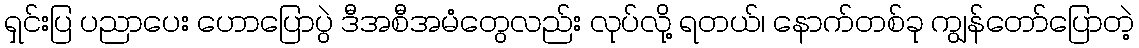
ရှင်းပြ ပညာပေး ဟောပြောပွဲ ဒီအစီအမံတွေလည်း လုပ်လို့ ရတယ်၊ နောက်တစ်ခု ကျွန်တော်ပြောတဲ့